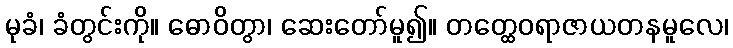
မုခံ၊ ခံတွင်းကို။ ဓောဝိတွာ၊ ဆေးတော်မူ၍။ တတ္ထေဝရာဇာယတနမူလေ၊